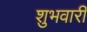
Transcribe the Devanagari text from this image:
शुभवारी